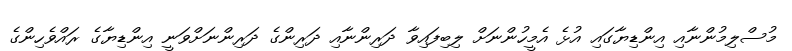
މުސްލިމުންނާއި އިންޑިޔާގައި އުޅެ އެމީހުންނަށް ލިބިފައިވާ ދަރިންނާއި ދަރިންގެ ދަރިންނަށްވަނީ އިންޑިޔާގެ ރައްވެހިންގެ